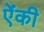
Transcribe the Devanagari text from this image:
ऐंकी